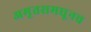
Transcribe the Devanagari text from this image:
अमृतसमधूनच